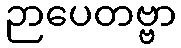
ဉာပေတဗ္ဗာ